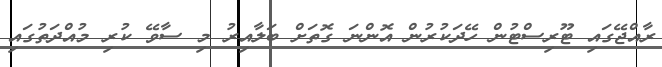
ރާއްޖޭގައި ޓޫރިސްޓުން ހޭދަކުރުން އޮންނަ ގޮތަށް ބަލާއިރު މި ސާވޭ ކުރި މުއްދަތުގައި